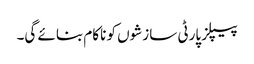
پیپلز پارٹی سازشوں کو ناکام بنائے گی۔